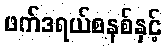
ဖက်ဒရယ်စနစ်နှင့်